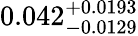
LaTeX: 0.042_{-0.0129}^{+0.0193}